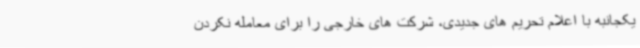
یکجانبه با اعلام تحریم های جدیدی، شرکت های خارجی را برای معامله نکردن